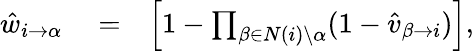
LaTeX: \begin{array}{rlr}{\hat{w}_{i\rightarrow\alpha}}&{{}=}&{\left[1-\prod_{\beta\in N(i)\setminus\alpha}(1-\hat{v}_{\beta\rightarrow i})\right],}\end{array}